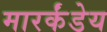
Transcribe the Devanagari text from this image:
मारर्कंडेय